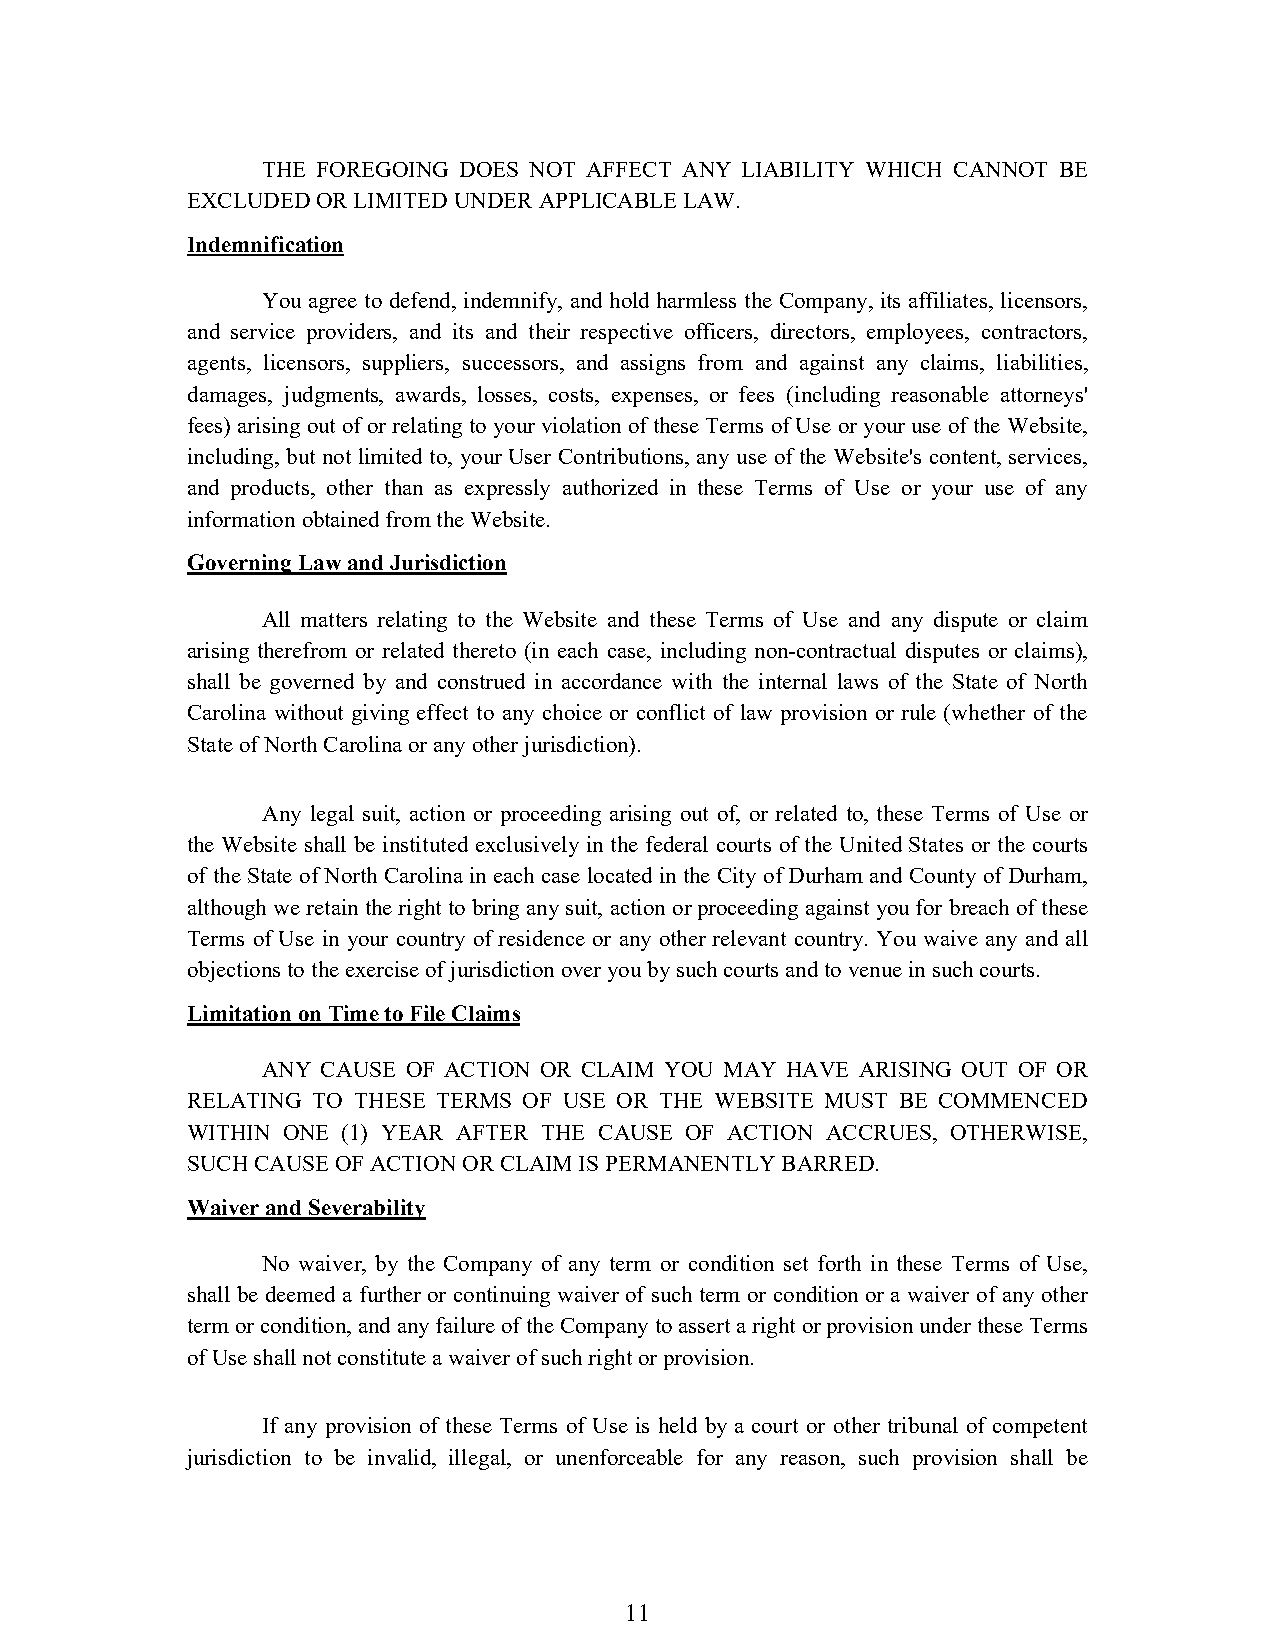
THE FOREGOING DOES NOT AFFECT ANY LIABILITY WHICH CANNOT BE
 EXCLUDED OR LIMITED UNDER APPLICABLE LAW.
 Indemnification
 You agree to defend, indemnify, and hold harmless the Company, its affiliates, licensors,
 and service providers, and its and their respective officers, directors, employees, contractors,
 agents, licensors, suppliers, successors, and assigns from and against any claims, liabilities,
 damages, judgments, awards, losses, costs, expenses, or fees (including reasonable attorneys'
 fees) arising out of or relating to your violation of these Terms of Use or your use of the Website,
 including, but not limited to, your User Contributions, any use of the Website's content, services,
 and products, other than as expressly authorized in these Terms of Use or your use of any
 information obtained from the Website.
 Governing Law and Jurisdiction
 All matters relating to the Website and these Terms of Use and any dispute or claim
 arising therefrom or related thereto (in each case, including non-contractual disputes or claims),
 shall be governed by and construed in accordance with the internal laws of the State of North
 Carolina without giving effect to any choice or conflict of law provision or rule (whether of the
 State of North Carolina or any other jurisdiction).
 Any legal suit, action or proceeding arising out of, or related to, these Terms of Use or
 the Website shall be instituted exclusively in the federal courts of the United States or the courts
 of the State of North Carolina in each case located in the City of Durham and County of Durham,
 although we retain the right to bring any suit, action or proceeding against you for breach of these
 Terms of Use in your country of residence or any other relevant country. You waive any and all
 objections to the exercise of jurisdiction over you by such courts and to venue in such courts.
 Limitation on Time to File Claims
 ANY CAUSE OF ACTION OR CLAIM YOU MAY HAVE ARISING OUT OF OR
 RELATING TO THESE TERMS OF USE OR THE WEBSITE MUST BE COMMENCED
 WITHIN ONE (1) YEAR AFTER THE CAUSE OF ACTION ACCRUES, OTHERWISE,
 SUCH CAUSE OF ACTION OR CLAIM IS PERMANENTLY BARRED.
 Waiver and Severability
 No waiver, by the Company of any term or condition set forth in these Terms of Use,
 shall be deemed a further or continuing waiver of such term or condition or a waiver of any other
 term or condition, and any failure of the Company to assert a right or provision under these Terms
 of Use shall not constitute a waiver of such right or provision.
 If any provision of these Terms of Use is held by a court or other tribunal of competent
 jurisdiction to be invalid, illegal, or unenforceable for any reason, such provision shall be
 11